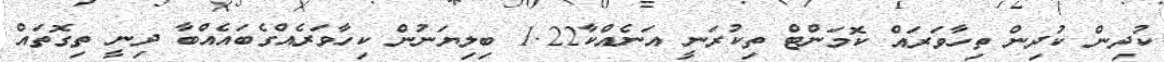
ކުދިން ކުދިން ތިހާވަރައް ކޮމަންޓް ތިކުރަނީ އަނެއްކާ1.22 ބިލިޔަނުން ކިހާވަރެއްގެބައެއްބާ ދިނީ ތިގޮތައް